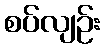
စပ်လျဉ်း